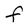
Character: F